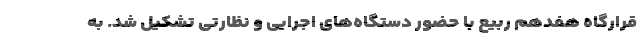
قرارگاه هفدهم ربیع با حضور دستگاه‌های اجرایی و نظارتی تشکیل شد. به